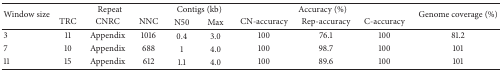
| <ROWSPAN=2> Window size | <COLSPAN=3> Repeat | <COLSPAN=2> Contigs (kb) | <COLSPAN=3> Accuracy (%) | <ROWSPAN=2> Genome coverage (%) |
 | TRC | CNRC | NNC | N50 | Max | CN-accuracy | Rep-accuracy | C-accuracy |
 | --- | --- | --- | --- | --- | --- | --- | --- | --- | --- |
 | 3 | 11 | Appendix | 1016 | 0.4 | 3.0 | 100 | 76.1 | 100 | 81.2 |
 | 7 | 10 | Appendix | 688 | 1 | 4.0 | 100 | 98.7 | 100 | 101 |
 | 11 | 15 | Appendix | 612 | 1.1 | 4.0 | 100 | 89.6 | 100 | 101 |